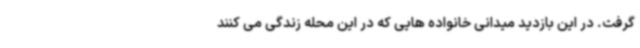
گرفت. در این بازدید میدانی خانواده هایی که در این محله زندگی می کنند